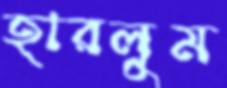
হারলুম